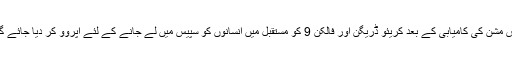
اس مشن کی کامیابی کے بعد کریئو ڈریگن اور فالکن 9 کو مستقبل میں انسانوں کو سپیس میں لے جانے کے لئے اپروو کر دیا جائے گا۔